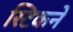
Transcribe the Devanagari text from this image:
स्टिकने